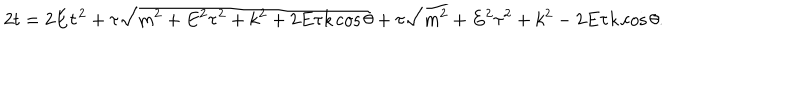
LaTeX: 2 t = 2 E \tau ^ { 2 } + \tau \sqrt { m ^ { 2 } + E ^ { 2 } \tau ^ { 2 } + k ^ { 2 } + 2 E \tau k \cos \theta } + \tau \sqrt { m ^ { 2 } + E ^ { 2 } \tau ^ { 2 } + k ^ { 2 } - 2 E \tau k \cos \theta } .